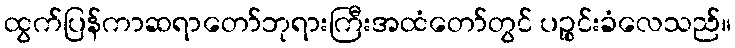
ထွက်ပြန်ကာဆရာတော်ဘုရားကြီးအထံတော်တွင် ပဉ္စင်းခံလေသည်။